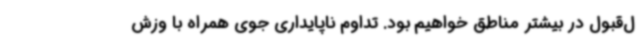
ل‌قبول در بیشتر مناطق خواهیم بود. تداوم ناپایداری جوی همراه با وزش